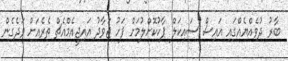
ބާރު ދުވެއްޔެއްގައި އައިސް ސައިކަލް ޕާކުކޮށްލުމަށް ފަހު ޖަވާދު އައިޖީއެމްއެޗް ތެރެއަށް ވަދެގެން